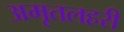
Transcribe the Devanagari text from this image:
अमृतलहरी